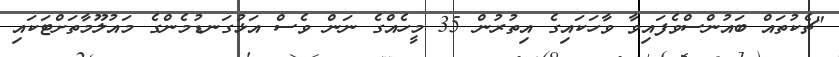
"ޗެކުތައް ބައުންސްވެފައިވާ ވާހަކައިގެ އިތުރުން 35 މީހެއްގެ ނަން ވެސް އަޅުގަނޑުމެންގެ މައުލޫމާތަށްޓަކައި